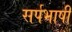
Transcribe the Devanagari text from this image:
सर्पभाषी